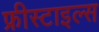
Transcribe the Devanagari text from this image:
फ्रीस्टाइल्स